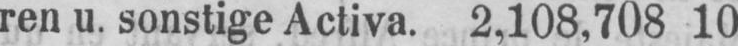
ren u. sonstige Activa. 2,108,708 10